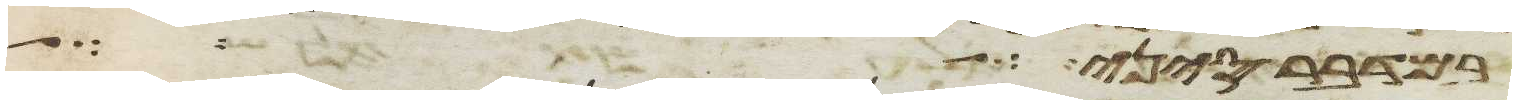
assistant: במדבר סיני באהל